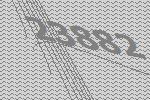
23882